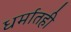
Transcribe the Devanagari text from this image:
धर्मातही